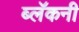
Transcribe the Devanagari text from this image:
ब्लॅकनी